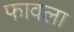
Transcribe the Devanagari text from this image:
फावला